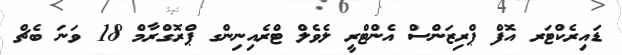
ޑައިރެކްޓަރ އޮފް ޕްރިޒަންސް އެންޓްރީ ލެވެލް ޓްރެއިނިންގ ޕްރޮގްރާމް 18 ވަނަ ބެޗް